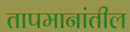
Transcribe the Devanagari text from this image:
तापमानांतील